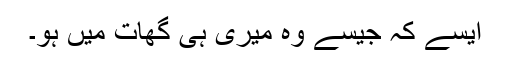
ایسے کہ جیسے وہ میری ہی گھات میں ہو۔